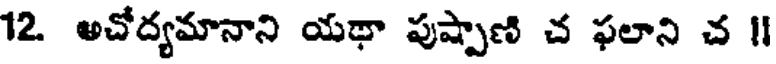
12 అచోద్యమానాని యథా పుష్పాణి చ ఫలాని చ ॥